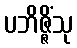
ပဘိဇ္ဇိံသု